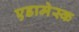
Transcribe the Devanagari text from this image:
एडामेस्क